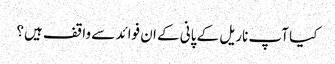
کیا آپ ناریل کے پانی کے ان فوائد سے واقف ہیں؟